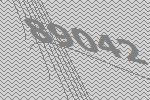
89042